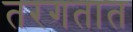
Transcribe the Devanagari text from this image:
तरगतात